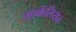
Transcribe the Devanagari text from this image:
मार्कलियन